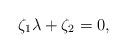
LaTeX: \begin{align*}\zeta_{1}\lambda+ \zeta_{2} =0,\end{align*}